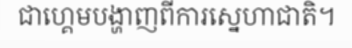
ជាហ្គេមបង្ហាញពីការស្នេហាជាតិ។